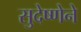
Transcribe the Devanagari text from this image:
सुदेष्णेने